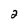
Character: 2